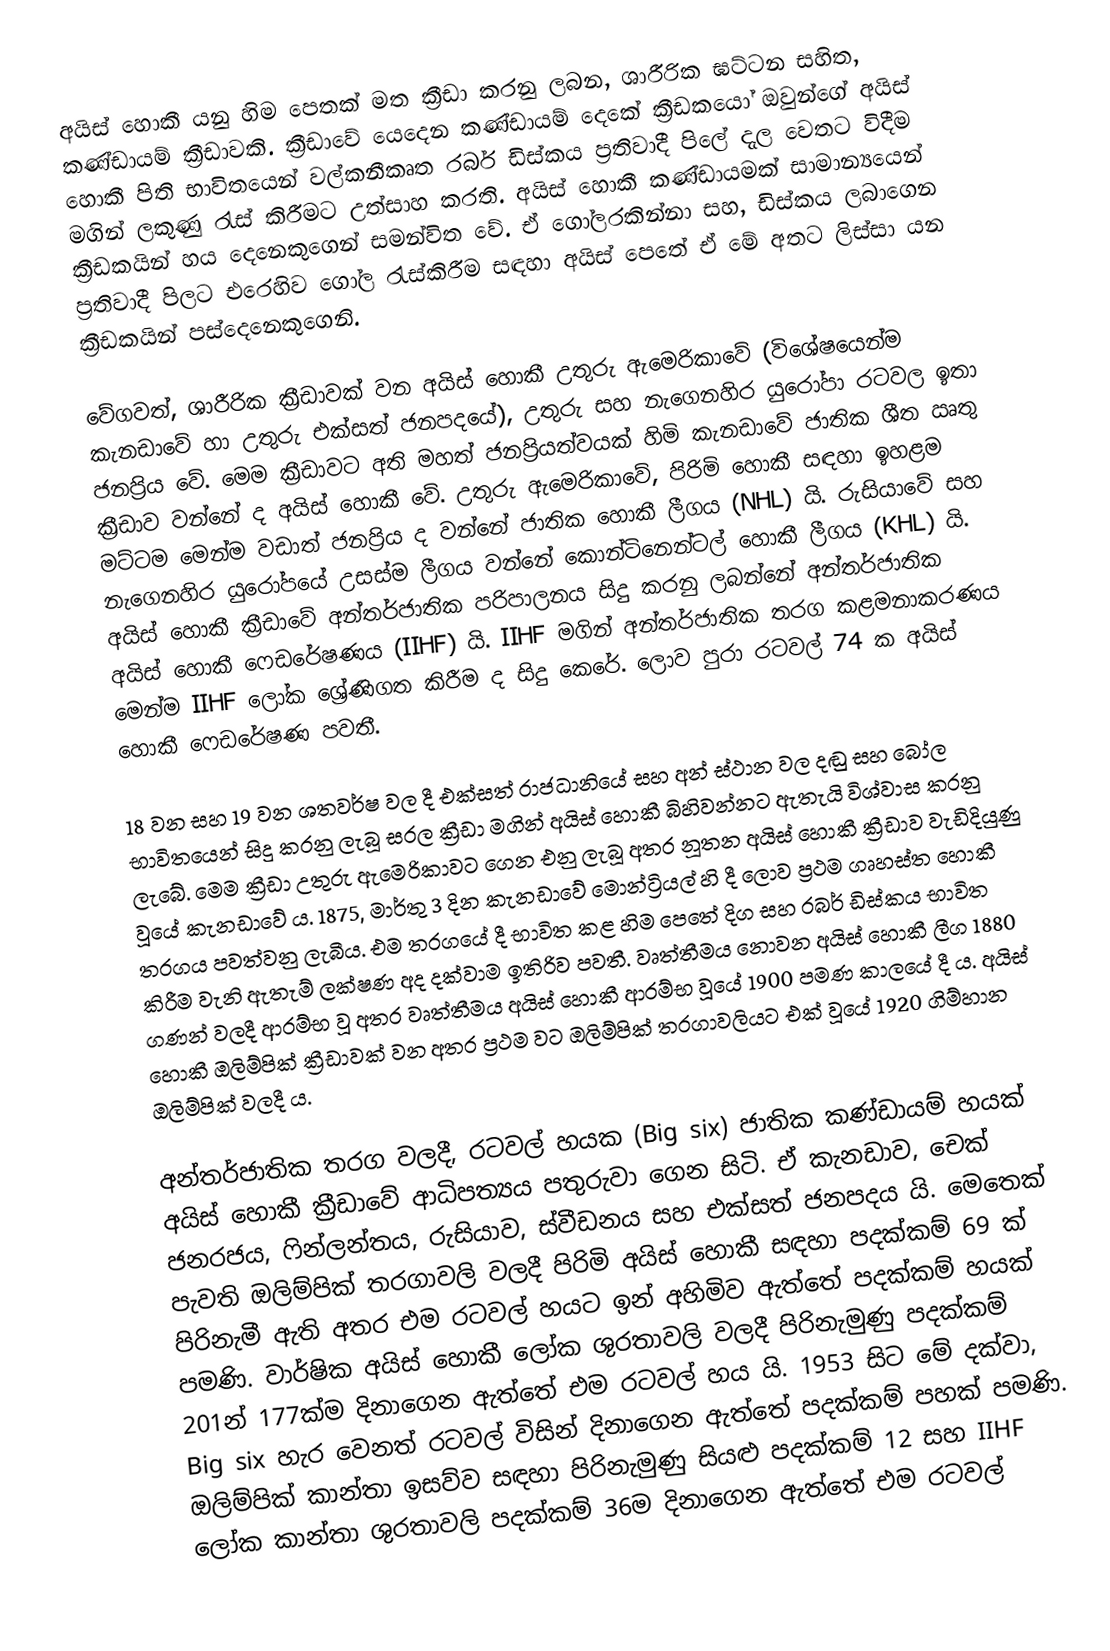
අයිස් හොකී යනු හිම පෙතක් මත ක්‍රීඩා කරනු ලබන, ශාරීරික ඝට්ටන සහිත, කණ්ඩායම් ක්‍රීඩාවකි. ක්‍රීඩාවේ යෙදෙන කණ්ඩායම් දෙකේ ක්‍රීඩකයෝ ඔවුන්ගේ අයිස් හොකී පිති  භාවිතයෙන් වල්කනීකෘත රබර් ඩිස්කය ප්‍රතිවාදී පිලේ දැල වෙතට විදීම මගින් ලකුණු රැස් කිරීමට උත්සාහ කරති. අයිස් හොකී කණ්ඩායමක්  සාමාන්‍යයෙන් ක්‍රීඩකයින් හය දෙනෙකුගෙන් සමන්විත වේ. ඒ ගෝලරකින්නා සහ, ඩිස්කය ලබාගෙන ප්‍රතිවාදී පිලට එරෙහිව ගෝල රැස්කිරීම සඳහා අයිස් පෙතේ ඒ මේ අතට ලිස්සා යන ක්‍රීඩකයින් පස්දෙනෙකුගෙනි.

වේගවත්, ශාරීරික ක්‍රීඩාවක් වන අයිස් හොකී උතුරු ඇමෙරිකාවේ (විශේෂයෙන්ම කැනඩාවේ හා උතුරු එක්සත් ජනපදයේ), උතුරු සහ නැගෙනහිර යුරෝපා රටවල ඉතා ජනප්‍රිය වේ. මෙම ක්‍රීඩාවට අති මහත් ජනප්‍රියත්වයක් හිමි කැනඩාවේ ජාතික ශීත ඍතු ක්‍රීඩාව වන්නේ ද අයිස් හොකී වේ. උතුරු ඇමෙරිකාවේ, පිරිමි හොකී සඳහා ඉහළම මට්ටම මෙන්ම වඩාත් ජනප්‍රිය ද වන්නේ ජාතික හොකී ලීගය (NHL) යි. රුසියාවේ සහ නැගෙනහිර යුරෝපයේ උසස්ම ලීගය වන්නේ කොන්ටිනෙන්ටල් හොකී ලීගය (KHL) යි. අයිස් හොකී ක්‍රීඩාවේ අන්තර්ජාතික පරිපාලනය සිදු කරනු ලබන්නේ අන්තර්ජාතික අයිස් හොකී ෆෙඩරේෂණය (IIHF) යි. IIHF මගින් අන්තර්ජාතික තරග කළමනාකරණය මෙන්ම IIHF ලෝක ශ්‍රේණිගත කිරීම ද සිදු කෙරේ. ලොව පුරා රටවල් 74 ක අයිස් හොකී ෆෙඩරේෂණ පවතී.

18 වන සහ 19 වන ශතවර්ෂ වල දී එක්සත් රාජධානියේ සහ අන් ස්ථාන වල දඬු සහ බෝල භාවිතයෙන් සිදු කරනු ලැබූ සරල ක්‍රීඩා මගින් අයිස් හොකී බිහිවන්නට ඇතැයි විශ්වාස කරනු ලැබේ. මෙම ක්‍රීඩා උතුරු ඇමෙරිකාවට ගෙන එනු ලැබූ අතර නූතන අයිස් හොකී ක්‍රීඩාව වැඩිදියුණු වූයේ කැනඩාවේ ය. 1875, මාර්තු 3 දින කැනඩාවේ මොන්ට්‍රියල් හි දී ලොව ප්‍රථම ගෘහස්ත හොකී තරගය පවත්වනු ලැබීය. එම තරගයේ දී භාවිත කළ හිම පෙතේ දිග සහ රබර් ඩිස්කය භාවිත කිරීම වැනි ඇතැම් ලක්ෂණ අද දක්වාම ඉතිරිව පවතී. වෘත්තීමය නොවන අයිස් හොකී ලීග 1880 ගණන් වලදී ආරම්භ වූ අතර වෘත්තීමය අයිස් හොකී ආරම්භ වූයේ 1900 පමණ කාලයේ දී ය. අයිස් හොකී ඔලිම්පික් ක්‍රීඩාවක් වන අතර ප්‍රථම වට ඔලිම්පික් තරගාවලියට එක් වූයේ 1920 ගිම්හාන ඔලිම්පික් වලදී ය.

අන්තර්ජාතික තරග වලදී, රටවල් හයක (Big six) ජාතික කණ්ඩායම් හයක් අයිස් හොකී ක්‍රීඩාවේ ආධිපත්‍යය පතුරුවා ගෙන සිටි. ඒ කැනඩාව, චෙක් ජනරජය, ෆින්ලන්තය, රුසියාව, ස්වීඩනය සහ එක්සත් ජනපදය යි. මෙතෙක් පැවති ඔලිම්පික් තරගාවලි වලදී පිරිමි අයිස් හොකී සඳහා පදක්කම් 69 ක් පිරිනැමී ඇති අතර එම රටවල් හයට ඉන් අහිමිව ඇත්තේ පදක්කම් හයක් පමණි. වාර්ෂික අයිස් හොකී ලෝක ශුරතාවලි වලදී පිරිනැමුණු පදක්කම් 201න් 177ක්ම දිනාගෙන ඇත්තේ එම රටවල් හය යි. 1953 සිට මේ දක්වා, Big six හැර වෙනත් රටවල් විසින් දිනාගෙන ඇත්තේ පදක්කම් පහක් පමණි. ඔලිම්පික් කාන්තා ඉසව්ව සඳහා පිරිනැමුණු සියළු පදක්කම් 12 සහ IIHF ලෝක කාන්තා ශුරතාවලි පදක්කම් 36ම දිනාගෙන ඇත්තේ එම රටවල්